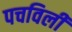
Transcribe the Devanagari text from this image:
पचविली